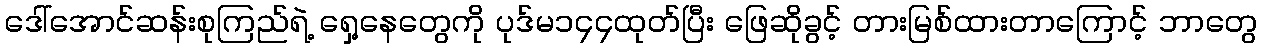
ဒေါ်အောင်ဆန်းစုကြည်ရဲ့ ရှေ့နေတွေကို ပုဒ်မ၁၄၄ထုတ်ပြီး ဖြေဆိုခွင့် တားမြစ်ထားတာကြောင့် ဘာတွေ